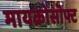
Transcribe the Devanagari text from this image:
मायक्रोसॊफ्ट